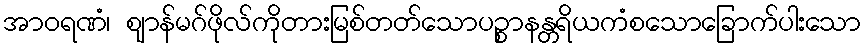
အာဝရဏံ၊ ဈာန်မဂ်ဖိုလ်ကိုတားမြစ်တတ်သောပဉ္စာနန္တရိယကံစသောခြောက်ပါးသော